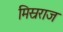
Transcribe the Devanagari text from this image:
मिस्रराज